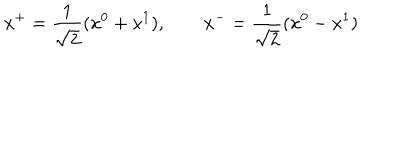
x ^ { + } = \frac { 1 } { \sqrt { 2 } } ( x ^ { 0 } + x ^ { 1 } ) , \qquad x ^ { - } = \frac { 1 } { \sqrt { 2 } } ( x ^ { 0 } - x ^ { 1 } )